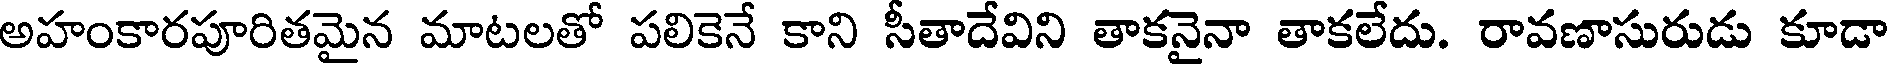
అహంకారపూరితమైన మాటలతో పలికెనే కాని సీతాదేవిని తాకనైనా తాకలేదు. రావణాసురుడు కూడా